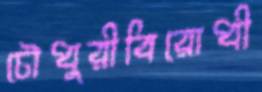
চৌধুরীবিরোধী